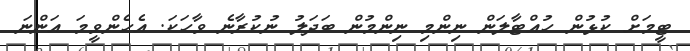
ޓީމަށް ކުޅުން ހުއްޓާލަން ނިންމި ނިންމުން ބަދަލު ނުކުރާނެ ވާހަކަ. އެހެންވީމަ އަންނަ